Report of the Indian Hemp Drugs Commission, 1894-1895 - Volume IV
Year: 1894
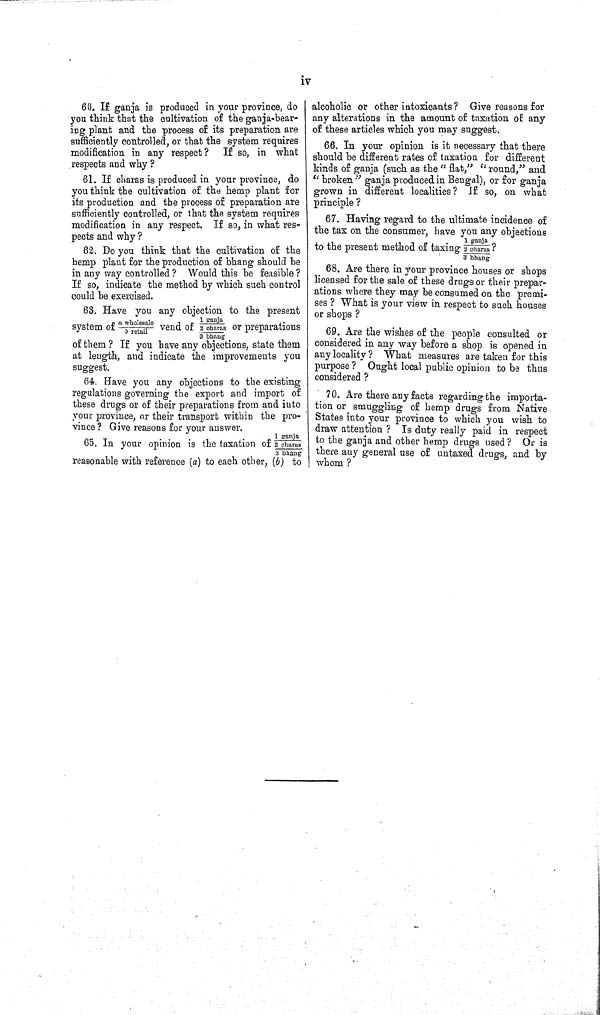
iv
60. If ganja is produced in your province, do
you think that the cultivation of the ganja-bear-
ing plant and the process of its preparation are
sufficiently controlled, or that the system requires
modification in any respect?
If so, in what
respects and why?
61. If charas is produced in your province, do
you think the cultivation of the hemp plant for
its production and the process of preparation are
sufficiently controlled, or that the system requires
modification in any respect. If so, in what res-
pects and why?
62. Do you think that the cultivation of the
hemp plant for the production of bhang should be
in any way controlled? Would this be feasible?
If so, indicate the method by which such control
could be exercised.
63. Have you any objection to the present
system of a whol esal e/b retail vend of 1 ganja/2 charas/3 bhang or preparations
of them? If you have any objections, state them
at length, and indicate the improvements you
suggest.
64. Have you any objections to the existing
regulations governing the export and import of
these drugs or of their preparations from and into
your province, or their transport within the pro-
vince? Give reasons for your answer.
65. In your opinion is the taxation of 1 ganja/2 charas/3 bhang
reasonable with reference (a) to each other, (b) to
alcoholic or other intoxicants? Give reasons for
any alterations in the amount of taxation of any
of these articles which you may suggest.
66. In your opinion is it necessary that there
should be different rates of taxation for different
kinds of ganja (such as the "flat," "round," and
"broken" ganja produced in Bengal), or for ganja
grown in different localities? If so, on what
principle?
67. Having regard to the ultimate incidence of
the tax on the consumer, have you any objections
to the present method of taxing 1ganja/2 charas/3 bhang?
68. Are there in your province houses or shops
licensed for the sale of these drugs or their prepar-
ations where they may be consumed on the premi-
ses? What is your view in respect to such houses
or shops?
69. Are the wishes of the people consulted or
considered in any way before a shop is opened in
any locality? What measures are taken for this
purpose? Ought local public opinion to be thus
considered?
70. Are there any facts regarding the importa-
tion or smuggling of hemp drugs from Native
States into your province to which you wish to
draw attention? Is duty really paid in respect
to the ganja and other hemp drugs used? Or is
there any general use of untaxed drugs, and by
whom?